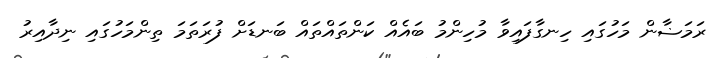
ރަމަޟާން މަހުގައި ހިނގާފައިވާ މުހިންމު ބައެއް ކަންތައްތައް ބަނޑަށް ފުރަތަމަ ތިންމަހުގައި ނިދާއިރު